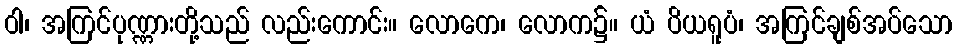
ဝါ၊ အကြင်ပုဏ္ဏားတို့သည် လည်းကောင်း။ လောကေ၊ လောက၌။ ယံ ပိယရူပံ၊ အကြင်ချစ်အပ်သော